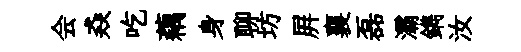
会猋吃藕身聊坊屛襄磊灞鐫汝